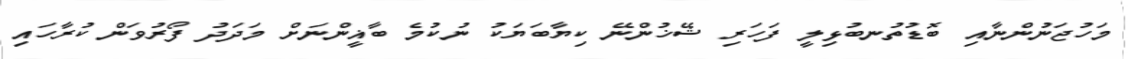
މަހުޖަނުންނާއި ބޮޑުތުނބުޅިލީ ފަހަރި ޝޭޚުންނޭ ކިޔާބަޔަކު ނުކުމެ ބާޣީންނަށް މަދަދު ފޯރުވަން ކުރާހައި